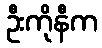
ဦးကိုနီက